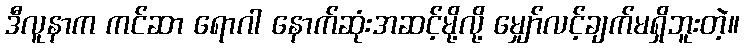
ဒီလူနာက ကင်ဆာ ရောဂါ နောက်ဆုံးအဆင့်မို့လို့ မျှော်လင့်ချက်မရှိဘူးတဲ့။